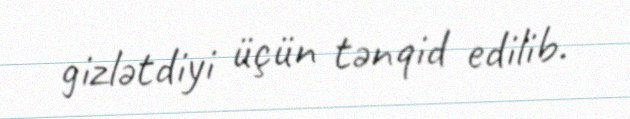
gizlətdiyi üçün tənqid edilib.